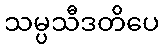
သမ္ပသီဒတိပေ